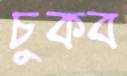
চুকব